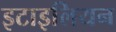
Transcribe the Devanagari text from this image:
इटाइलियन